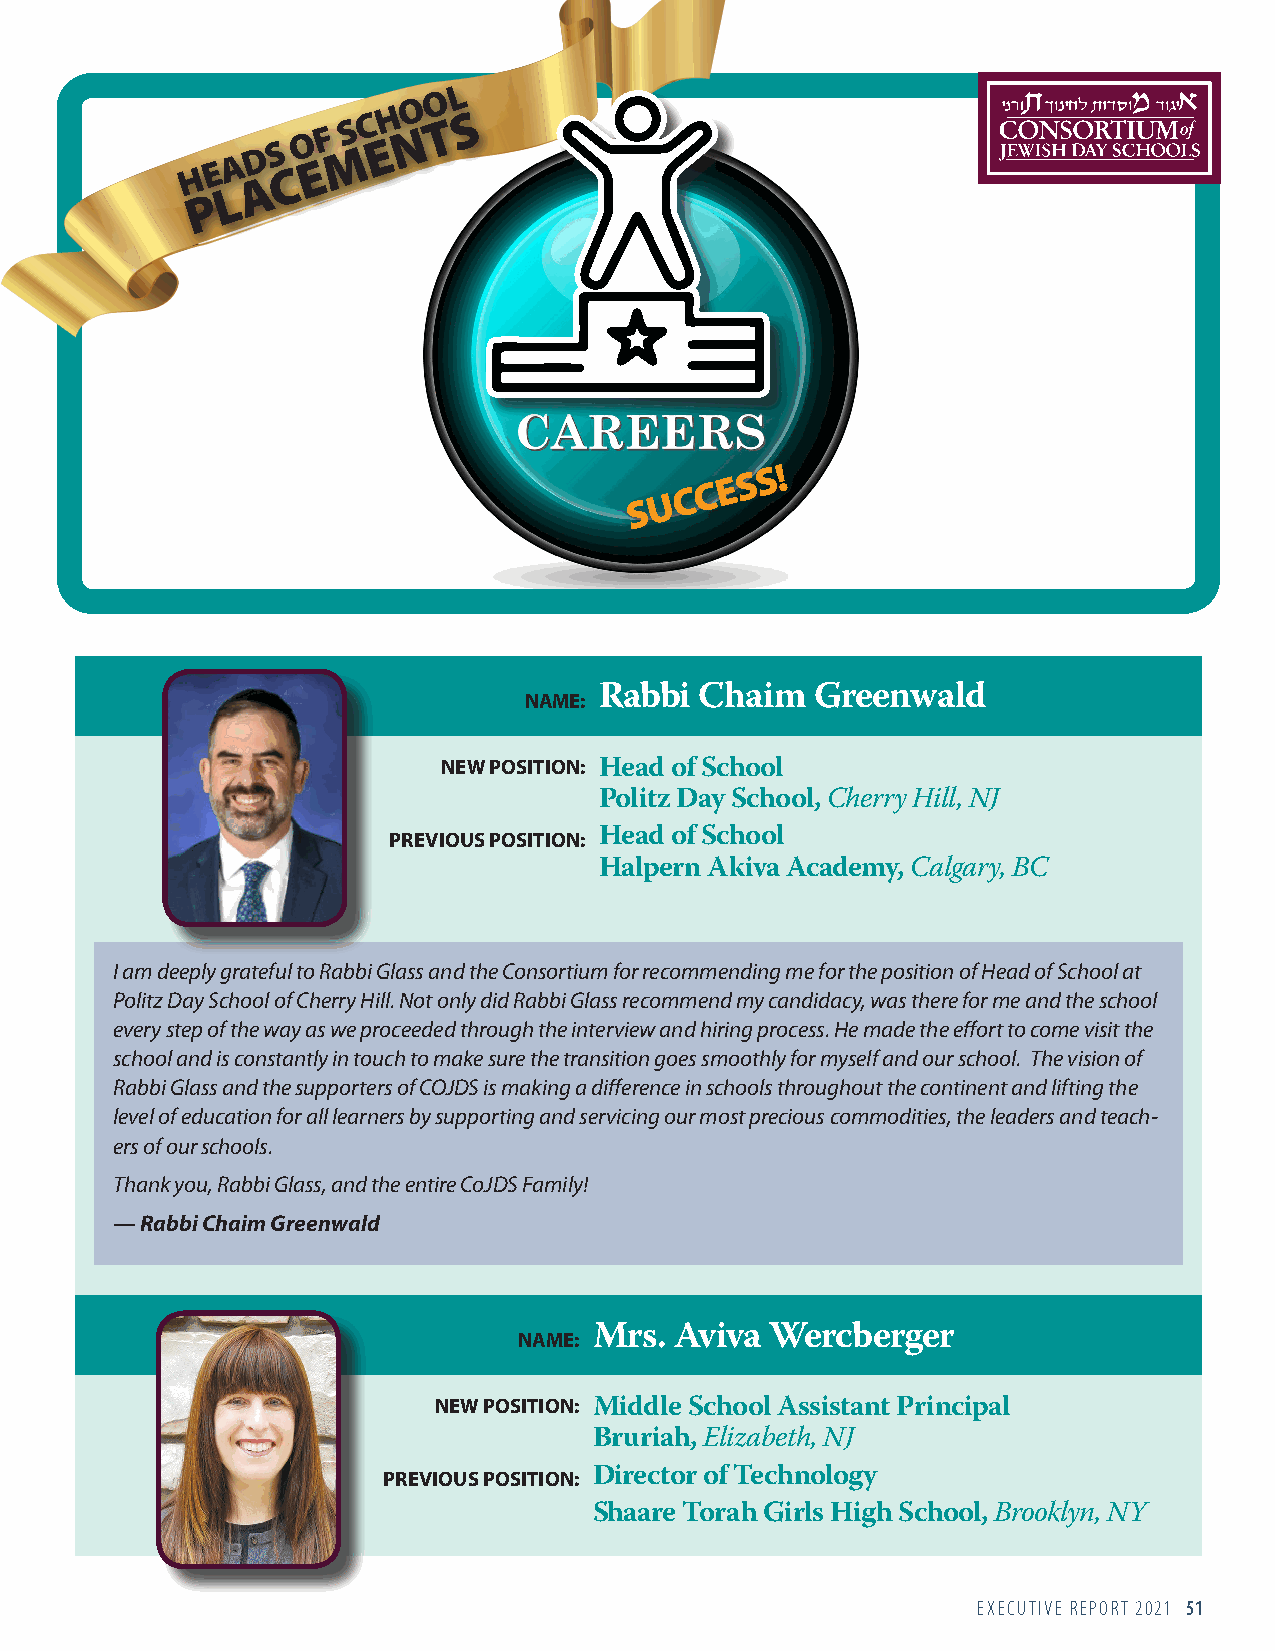
O L
 O
 D S
 O F
 M
 S C EH
 N
 T S
 H E A C E
 A
 L
 P
 U C C E S S !
 S
 NAME: Rabbi Chaim  Greenwald
 NEW POSITION: Head of School
 Politz Day School, Cherry Hill, NJ
 PREVIOUS POSITION: Head of School
 Halpern Akiva Academy, Calgary, BC
 I am deeply grateful to Rabbi Glass and the Consortium for recommending me for the position of Head of School at
 Politz Day School of Cherry Hill. Not only did Rabbi Glass recommend my candidacy, was there for me and the school
 every step of the way as we proceeded through the interview and hiring process. He made the effort to come visit the
 school and is constantly in touch to make sure the transition goes smoothly for myself and our school. The vision of
 Rabbi Glass and the supporters of COJDS is making a difference in schools throughout the continent and lifting the
 level of education for all learners by supporting and servicing our most precious commodities, the leaders and teach-
 ers of our schools.
 Thank you, Rabbi Glass, and the entire CoJDS Family!
 — Rabbi Chaim Greenwald
 NAME: Mrs. Aviva Wercberger
 NEW POSITION: Middle School Assistant Principal
 Bruriah, Elizabeth, NJ
 PREVIOUS POSITION: Director of Technology
 Shaare Torah Girls High School, Brooklyn, NY
 EXECUTIVE REPORT 2021 51